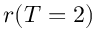
r ( T = 2 )